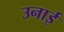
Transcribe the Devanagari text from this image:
उनाई